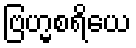
ဗြဟ္မစရိယေ